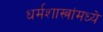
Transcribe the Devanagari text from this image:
धर्मशास्त्रांमध्ये